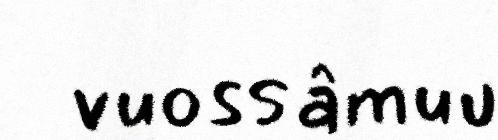
vuossâmuu